Cholera in southern India
Disease focus: Cholera
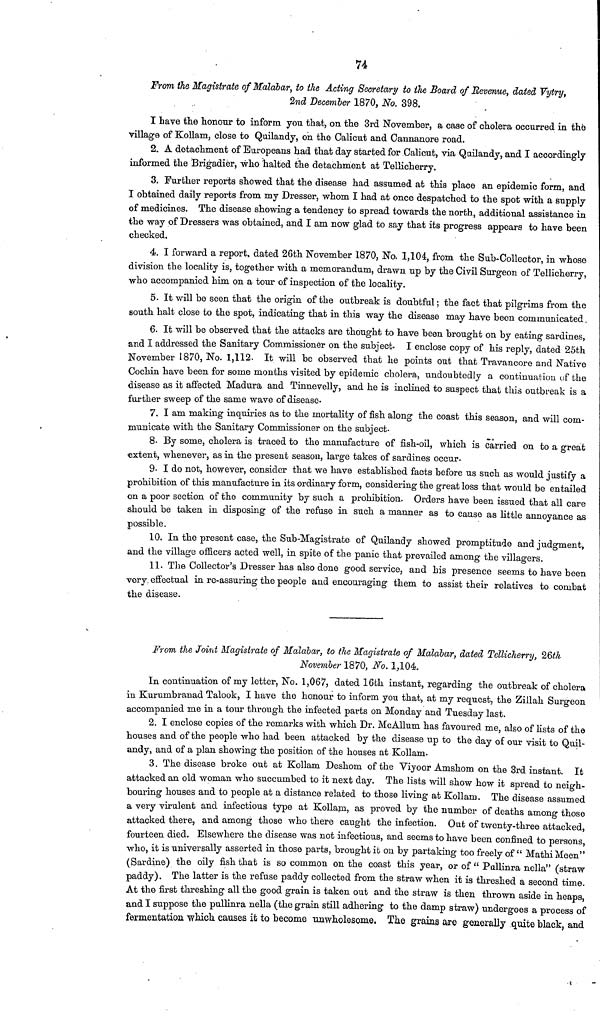
74
From the Magistrate of Malabar, to the Acting Secretary to the Board of Revenue, dated Vytry,
2nd December 1870, No. 398.
I have the honour to inform you that, on the 3rd November, a case of cholera occurred in the
village of Kollam, close to Quilandy, on the Calicut and Cannanore road.
2. A detachment of Europeans had that day started for Calicut, via Qailandy, and I accordingly
informed the Brigadier, who halted the detachment at Tellicherry.
3. Further reports showed that the disease had assumed at this place an epidemic form, and
I obtained daily reports from my Dresser, whom I had at once despatched to the spot with a supply
of medicines. The disease showing a tendency to spread towards the north, additional assistance in
the way of Dressers was obtained, and I am now glad to say that its progress appears to have been
checked,
4. I forward a report, dated 26th November 1870, No. 1,104, from the Sub-Collector, in whose
division the locality is, together with, a memorandum, drawn up by the Civil Surgeon of Tellicherry,
who accompanied him on a tour of inspection of the locality.
5. It will be seen that the origin of the outbreak is doubtful; the fact that pilgrims from the
south halt close to the spot, indicating that in this way the disease may have been communicated.
6. It will be observed that the attacks are thought to have been brought on by eating sardines,
and I addressed the Sanitary Commissioner on the subject. I enclose copy of his reply, dated 25th
November 1870, No. 1,112. It will be observed that he points out that Travancore and Native
Cochin have been for some months visited by epidemic cholera, undoubtedly a continuation of the
disease as it affected Madura and Tinnevelly, and he is inclined to suspect that this outbreak is a
further sweep of the same wave of disease.
7. I am making inquiries as to the mortality of fish along the coast this season, and will com-
municate with the Sanitary Commissioner on the subject.
8. By some, cholera is traced to the manufacture of fish-oil, which is carried on to a great
extent, whenever, as in the present season, large takes of sardines occur.
9- I do not, however, consider that we have established facts before us such as would justify a
prohibition of this manufacture in its ordinary form, considering the great loss that would be entailed
on a poor section of the community by such a prohibition. Orders have been issued that all care
should be taken in disposing of the refuse in such a manner as to cause as little annoyance as
possible.
10. In the present case, the Sub-Magistrate of Quilandy showed promptitude and judgment,
and the village officers acted well, in spite of the panic that prevailed among the villagers.
11. The Collector's Dresser has also done good service, and his presence seems to have been
very, effectual in re-assuring the people and encouraging them to assist their relatives to combat
the disease.
From the Joint Magistrate of Malabar, to the Magistrate of Malabar, dated Tellicherry, 26th
November 1870, No. 1,104.
In continuation of my letter, No. 1,067, dated 16th instant, regarding the outbreak of cholera
in Kurumbranad Talook, I have the honour to inform you that, at my request, the Zillah Surgeon
accompanied me in a tour through the infected parts on Monday and Tuesday last.
2. I enclose copies of the remarks with which Dr. McAllum has favoured me, also of lists of the
houses and of the people who had been attacked by the disease up to the day of our visit to Quil-
andy, and of a plan showing the position of the houses at Kollam.
3. The disease broke out at Kollam Deshom of the Viyoor Amshom on the 3rd instant. It
attacked an old woman who succumbed to it next day. The lists will show how it spread to neigh-
bouring houses and to people at a distance related to those living at Kollam. The disease assumed
a very virulent and infectious type at Kollam, as proved by the number of deaths among those
attacked there, and among those who there caught the infection. Out of twenty-three attacked,
fourteen died. Elsewhere the disease was not infectious, and seems to have been confined to persons,
who it is universally asserted in those parts, brought it on by partaking too freely of " Mathi Meen"
(Sardine) the oily fish that is so common on the coast this year, or of " Pallinra nella" (straw
paddy). The latter is the refuse paddy collected from the straw when it is threshed a second time.
At the first threshing all the good grain is taken out and the straw is then thrown aside in heaps,
and I suppose the pullinra nella (the grain still adhering to the damp straw) undergoes a process of
fermentation which causes it to become unwholesome. The grains are generally quite black, and